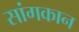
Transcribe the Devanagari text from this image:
सांगकान